Voisiku_vallavalitsus, lk 415
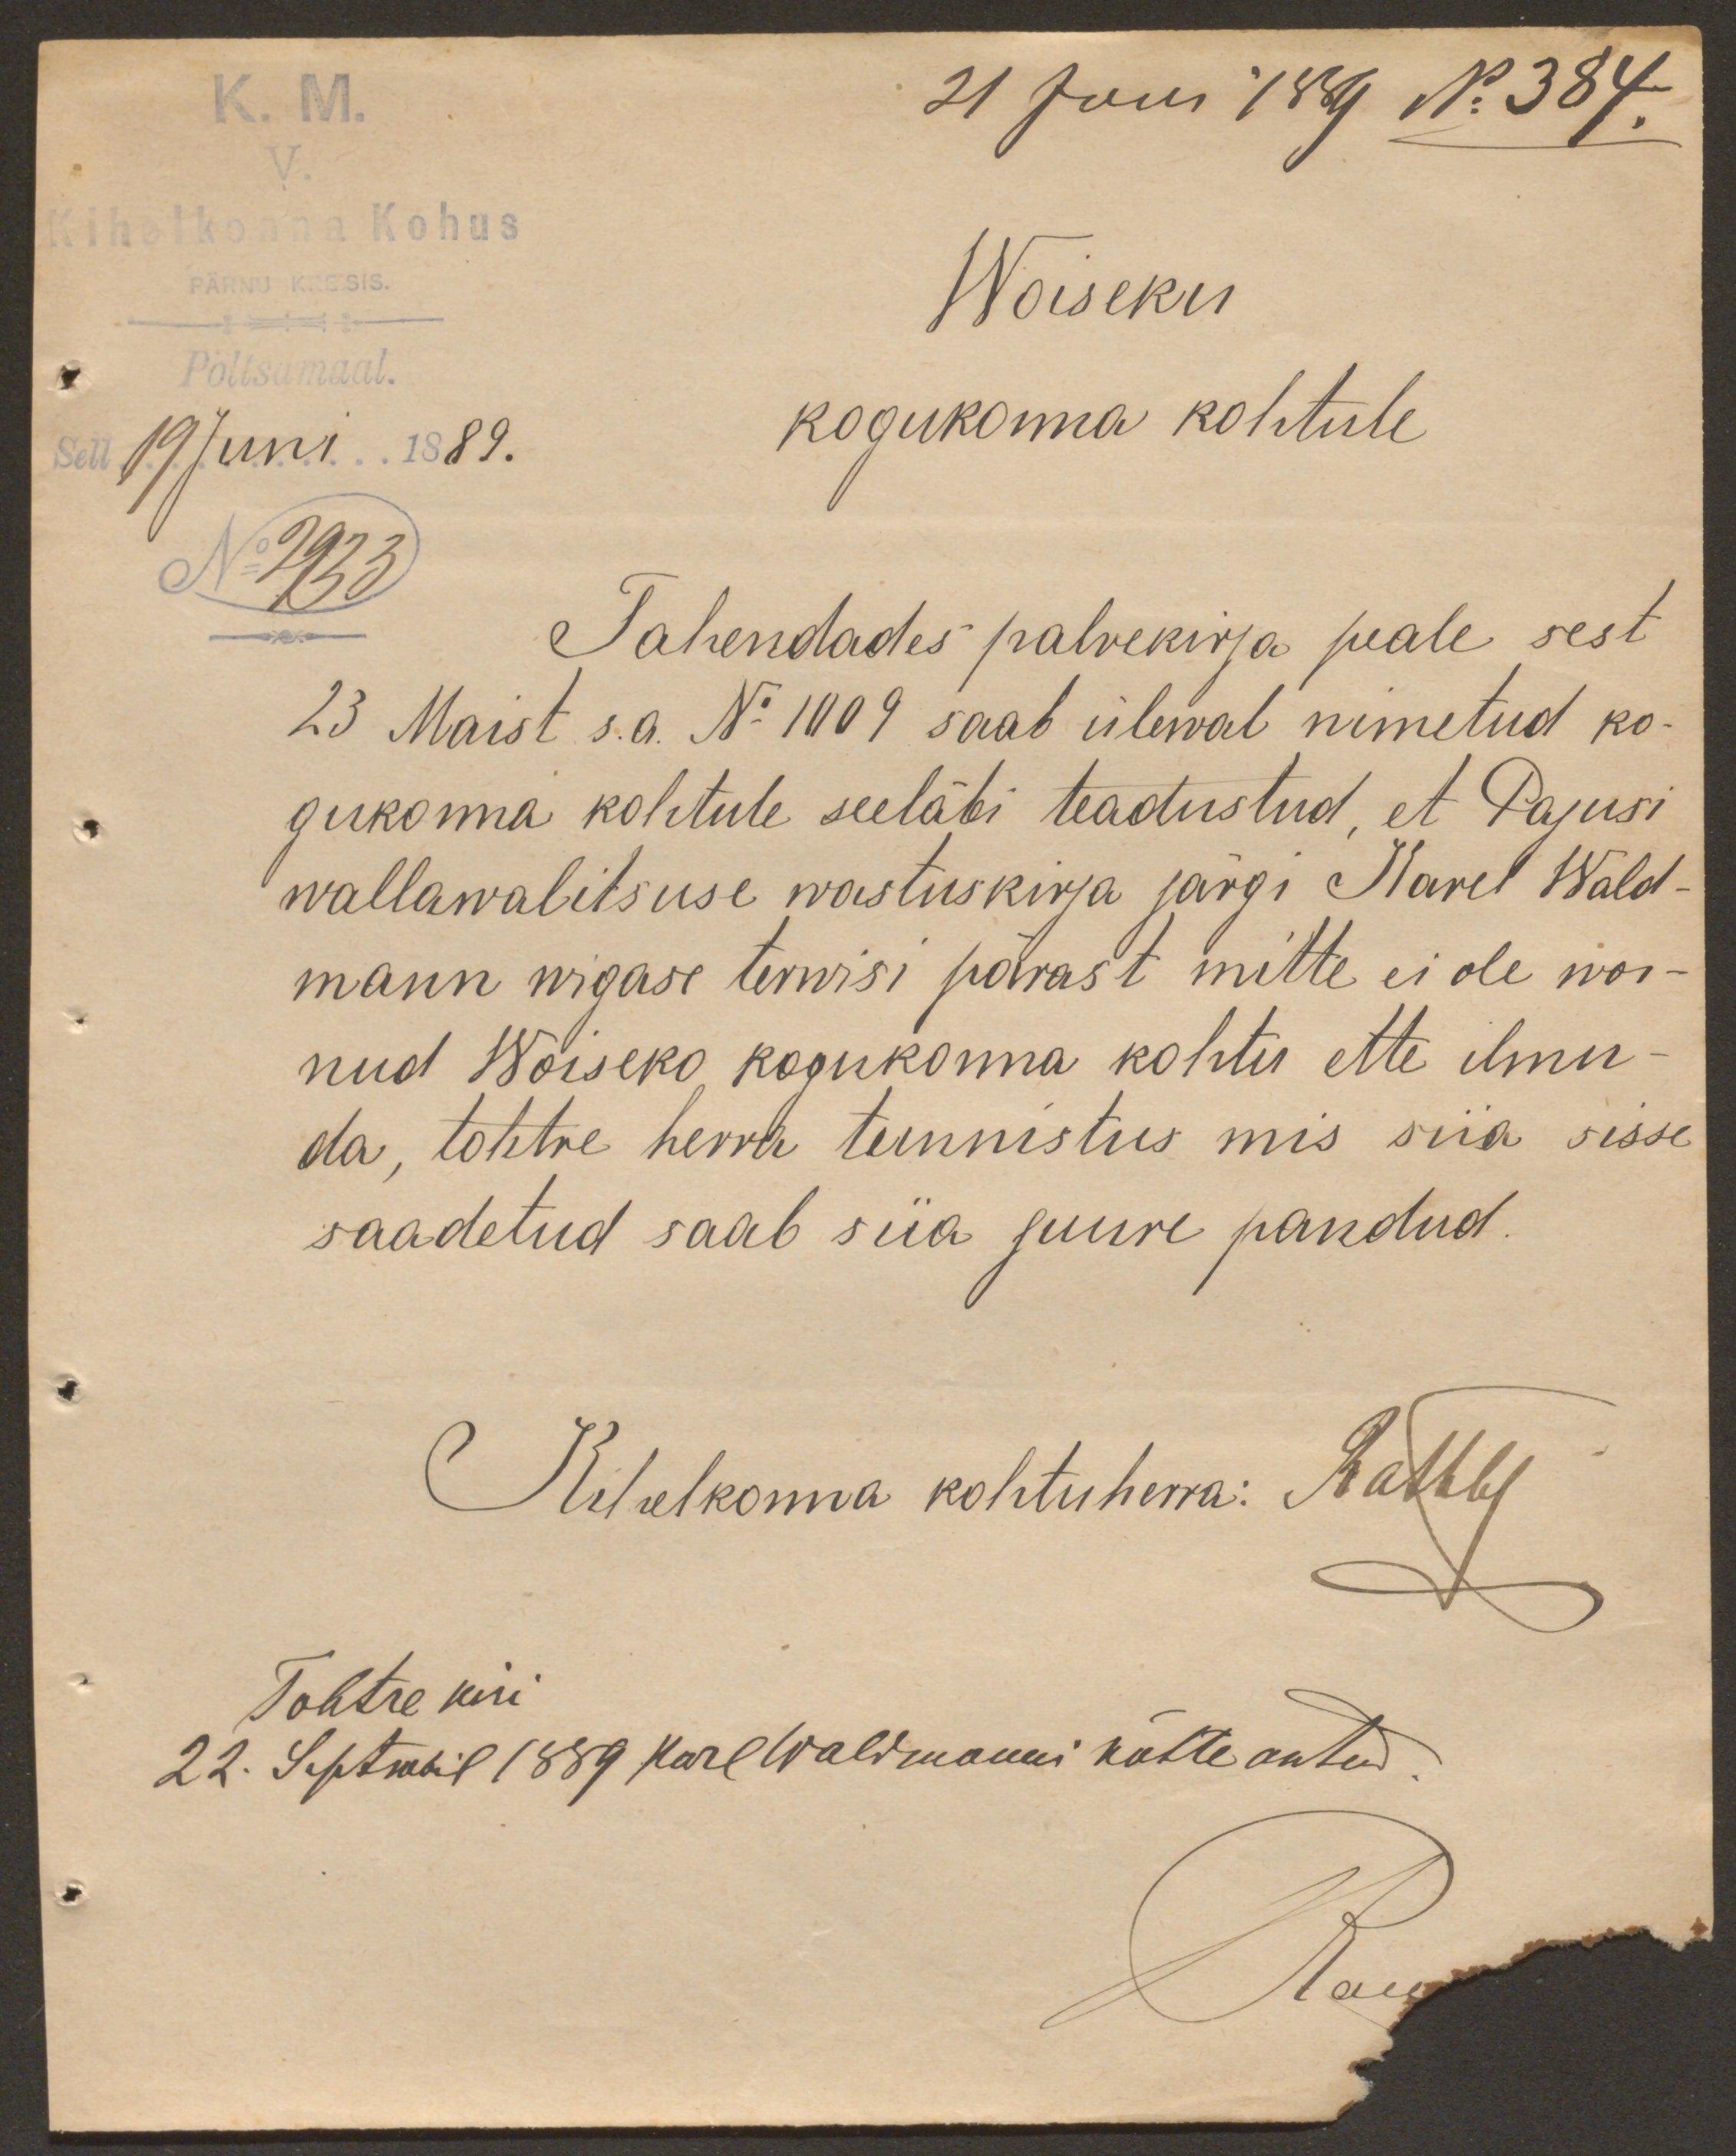
K.M.
21 Juni 1889 No 384.
V.
Kihelkonna Kohus
PÄRNU KREISIS
Woiseku
Pöltsamaal.
Sell 19 Juni 1889.
kogukonna kohtule
No 2993.
Tahendades palvekirja peale sest
23 Maist s.a. No 1009 saab ülewal nimetud ko-
gukonna kohtule seeläbi teadustud, et Pajusi
wallawalitsuse wastuskirja järgi Karel Wald-
mann wigase terwisi pärast mitte ei ole wõi-
nud Woiseko kogukonna kohtu ette ilmu-
da, tohtre herra tunnistus mis siia sisse,
saadetud saab siia juure pandud.
Kilulkonna kohtuherra: Rathby
Tohtre kiri
22. Septmbil 1889 Karl Waldmanni kätte antud.